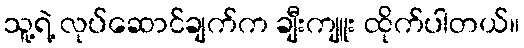
သူ့ရဲ့ လုပ်ဆောင်ချက်က ချီးကျူး ထိုက်ပါတယ်။